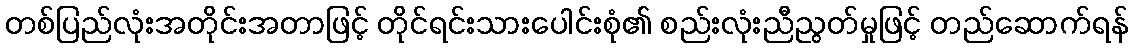
တစ်ပြည်လုံးအတိုင်းအတာဖြင့် တိုင်ရင်းသားပေါင်းစုံ၏ စည်းလုံးညီညွတ်မှုဖြင့် တည်ဆောက်ရန်